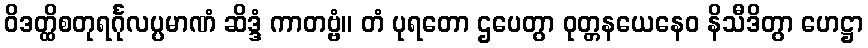
ဝိဒတ္ထိစတုရင်္ဂုလပ္ပမာဏံ ဆိဒ္ဒံ ကာတဗ္ဗံ။ တံ ပုရတော ဌပေတွာ ဝုတ္တနယေနေဝ နိသီဒိတွာ ဟေဋ္ဌာ